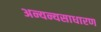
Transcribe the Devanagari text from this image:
अन्यन्यसाधारण